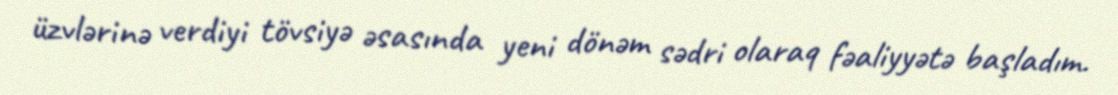
üzvlərinə verdiyi tövsiyə əsasında yeni dönəm sədri olaraq fəaliyyətə başladım.